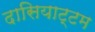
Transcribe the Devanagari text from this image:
दासियाट्टम